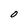
Character: O